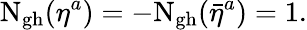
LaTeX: \mathrm{N_{gh}}(\eta^{a})=-\mathrm{\mathrm{N_{gh}}}(\bar{\eta}^{a})=1.